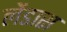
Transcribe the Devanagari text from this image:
लेंडास